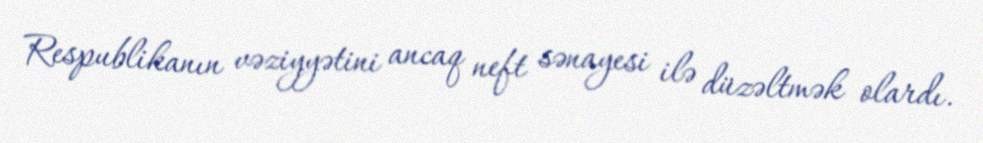
Respublikanın vəziyyətini ancaq neft sənayesi ilə düzəltmək olardı.